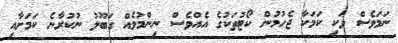
ނަމަވެސް ވަކި ކަމަކާ ޖެހުމުން ކޯޓުތަކުގެ އެއްވެސް ނިންމުމެއް ގަބޫލު ނުކުރާނެ ކަމަށާއި